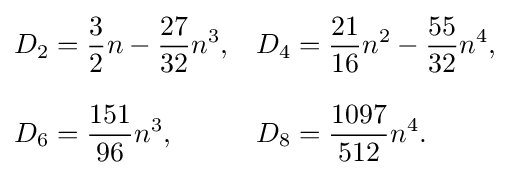
{\begin{aligned}D_{2}&={\frac {3}{2}}n-{\frac {27}{32}}n^{3},&D_{4}&={\frac {21}{16}}n^{2}-{\frac {55}{32}}n^{4},\\[8pt]D_{6}&={\frac {151}{96}}n^{3},&D_{8}&={\frac {1097}{512}}n^{4}.\end{aligned}}